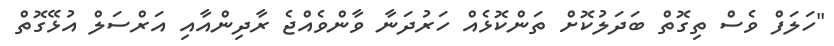
"ހަލަފް ވެސް ތިގޮތް ބަދަލުކޮށް ތަންކޮޅެއް ހަރުދަނާ ވާންވެއްޖެ ރާދިންއާއި އަރްސަލް އުޅޭގޮތް